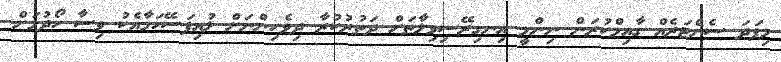
މިފަދަ ސެންޓަރެއް ގާއިމްކުރަން ނިންމީ އިނގިރޭސިވިލާތަށް ދަތުރުކުރާ ދިވެހިންނަށް ލުއިފަސޭހަަމާއެކު ވިސާ ހޯދުމަށް